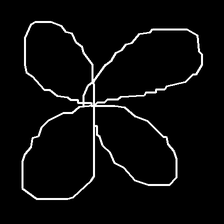
Glyph: billowing